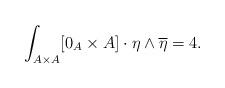
LaTeX: \begin{align*}\int_{A\times A} [0_A\times A]\cdot \eta\wedge \overline{\eta}=4.\end{align*}